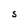
Character: S